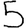
Digit: 5